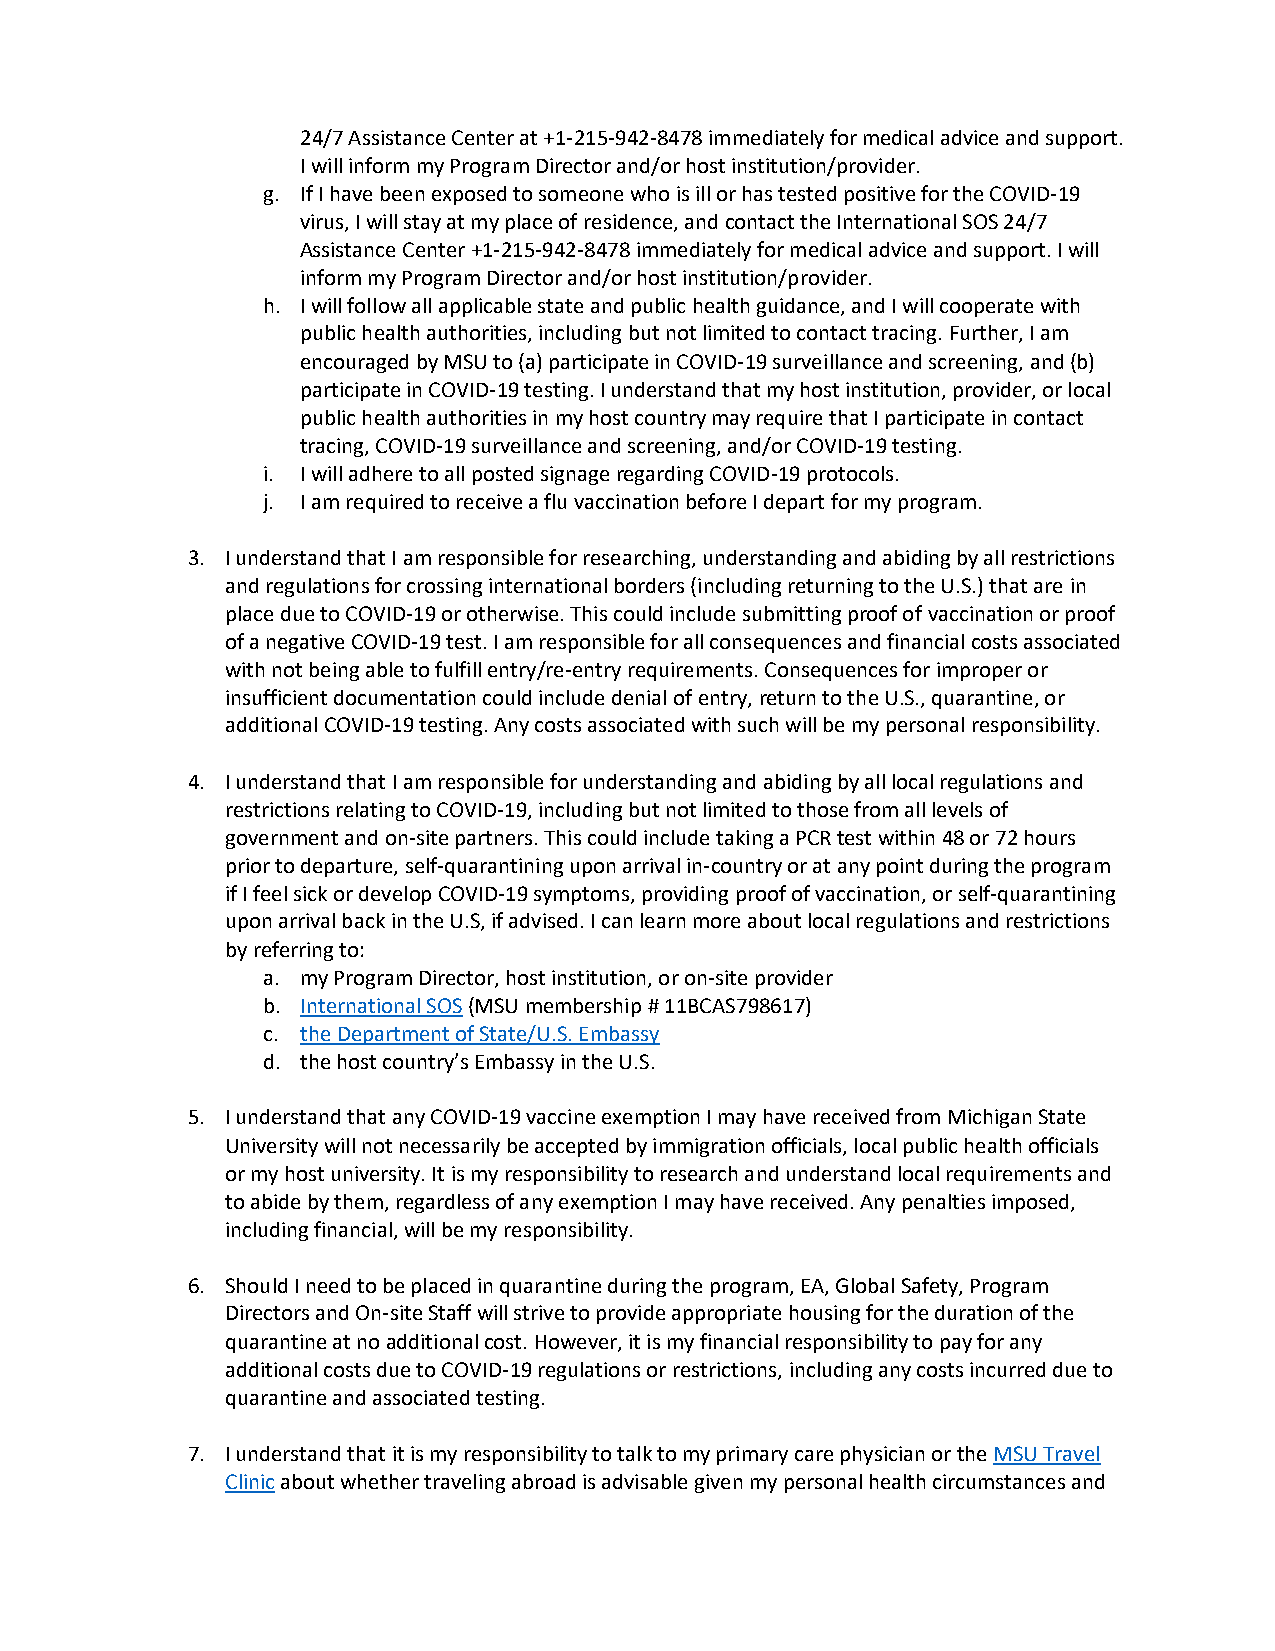
24/7 Assistance Center at +1-215-942-8478 immediately for medical advice and support.
 I will inform my Program Director and/or host institution/provider.
 g. If I have been exposed to someone who is ill or has tested positive for the COVID-19
 virus, I will stay at my place of residence, and contact the International SOS 24/7
 Assistance Center +1-215-942-8478 immediately for medical advice and support. I will
 inform my Program Director and/or host institution/provider.
 h. I will follow all applicable state and public health guidance, and I will cooperate with
 public health authorities, including but not limited to contact tracing. Further, I am
 encouraged by MSU to (a) participate in COVID-19 surveillance and screening, and (b)
 participate in COVID-19 testing. I understand that my host institution, provider, or local
 public health authorities in my host country may require that I participate in contact
 tracing, COVID-19 surveillance and screening, and/or COVID-19 testing.
 i. I will adhere to all posted signage regarding COVID-19 protocols.
 j. I am required to receive a flu vaccination before I depart for my program.
 3. I understand that I am responsible for researching, understanding and abiding by all restrictions
 and regulations for crossing international borders (including returning to the U.S.) that are in
 place due to COVID-19 or otherwise. This could include submitting proof of vaccination or proof
 of a negative COVID-19 test. I am responsible for all consequences and financial costs associated
 with not being able to fulfill entry/re-entry requirements. Consequences for improper or
 insufficient documentation could include denial of entry, return to the U.S., quarantine, or
 additional COVID-19 testing. Any costs associated with such will be my personal responsibility.
 4. I understand that I am responsible for understanding and abiding by all local regulations and
 restrictions relating to COVID-19, including but not limited to those from all levels of
 government and on-site partners. This could include taking a PCR test within 48 or 72 hours
 prior to departure, self-quarantining upon arrival in-country or at any point during the program
 if I feel sick or develop COVID-19 symptoms, providing proof of vaccination, or self-quarantining
 upon arrival back in the U.S, if advised. I can learn more about local regulations and restrictions
 by referring to:
 a. my Program Director, host institution, or on-site provider
 b. International SOS (MSU membership # 11BCAS798617)
 c. the Department of State/U.S. Embassy
 d. the host country’s Embassy in the U.S.
 5. I understand that any COVID-19 vaccine exemption I may have received from Michigan State
 University will not necessarily be accepted by immigration officials, local public health officials
 or my host university. It is my responsibility to research and understand local requirements and
 to abide by them, regardless of any exemption I may have received. Any penalties imposed,
 including financial, will be my responsibility.
 6. Should I need to be placed in quarantine during the program, EA, Global Safety, Program
 Directors and On-site Staff will strive to provide appropriate housing for the duration of the
 quarantine at no additional cost. However, it is my financial responsibility to pay for any
 additional costs due to COVID-19 regulations or restrictions, including any costs incurred due to
 quarantine and associated testing.
 7. I understand that it is my responsibility to talk to my primary care physician or the MSU Travel
 Clinic about whether traveling abroad is advisable given my personal health circumstances and